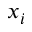
x _ { i }